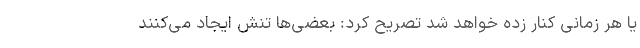
یا هر زمانی کنار زده خواهد شد تصریح کرد: بعضی‌ها تنش ایجاد می‌کنند